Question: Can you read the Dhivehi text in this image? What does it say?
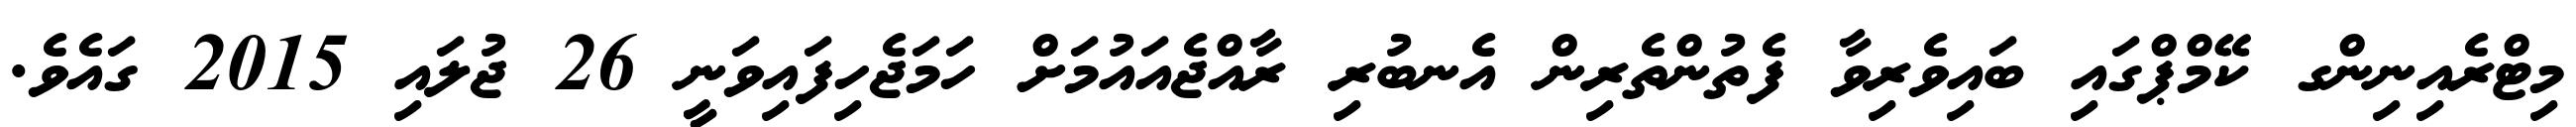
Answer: މިޓްރެއިނިންގ ކޭމްޕްގައި ބައިވެރިވާ ފެތުންތެރިން އެނބުރި ރާއްޖެއައުމަށް ހަމަޖެހިފައިވަނީ 26 ޖުލައި 2015 ގައެވެ.